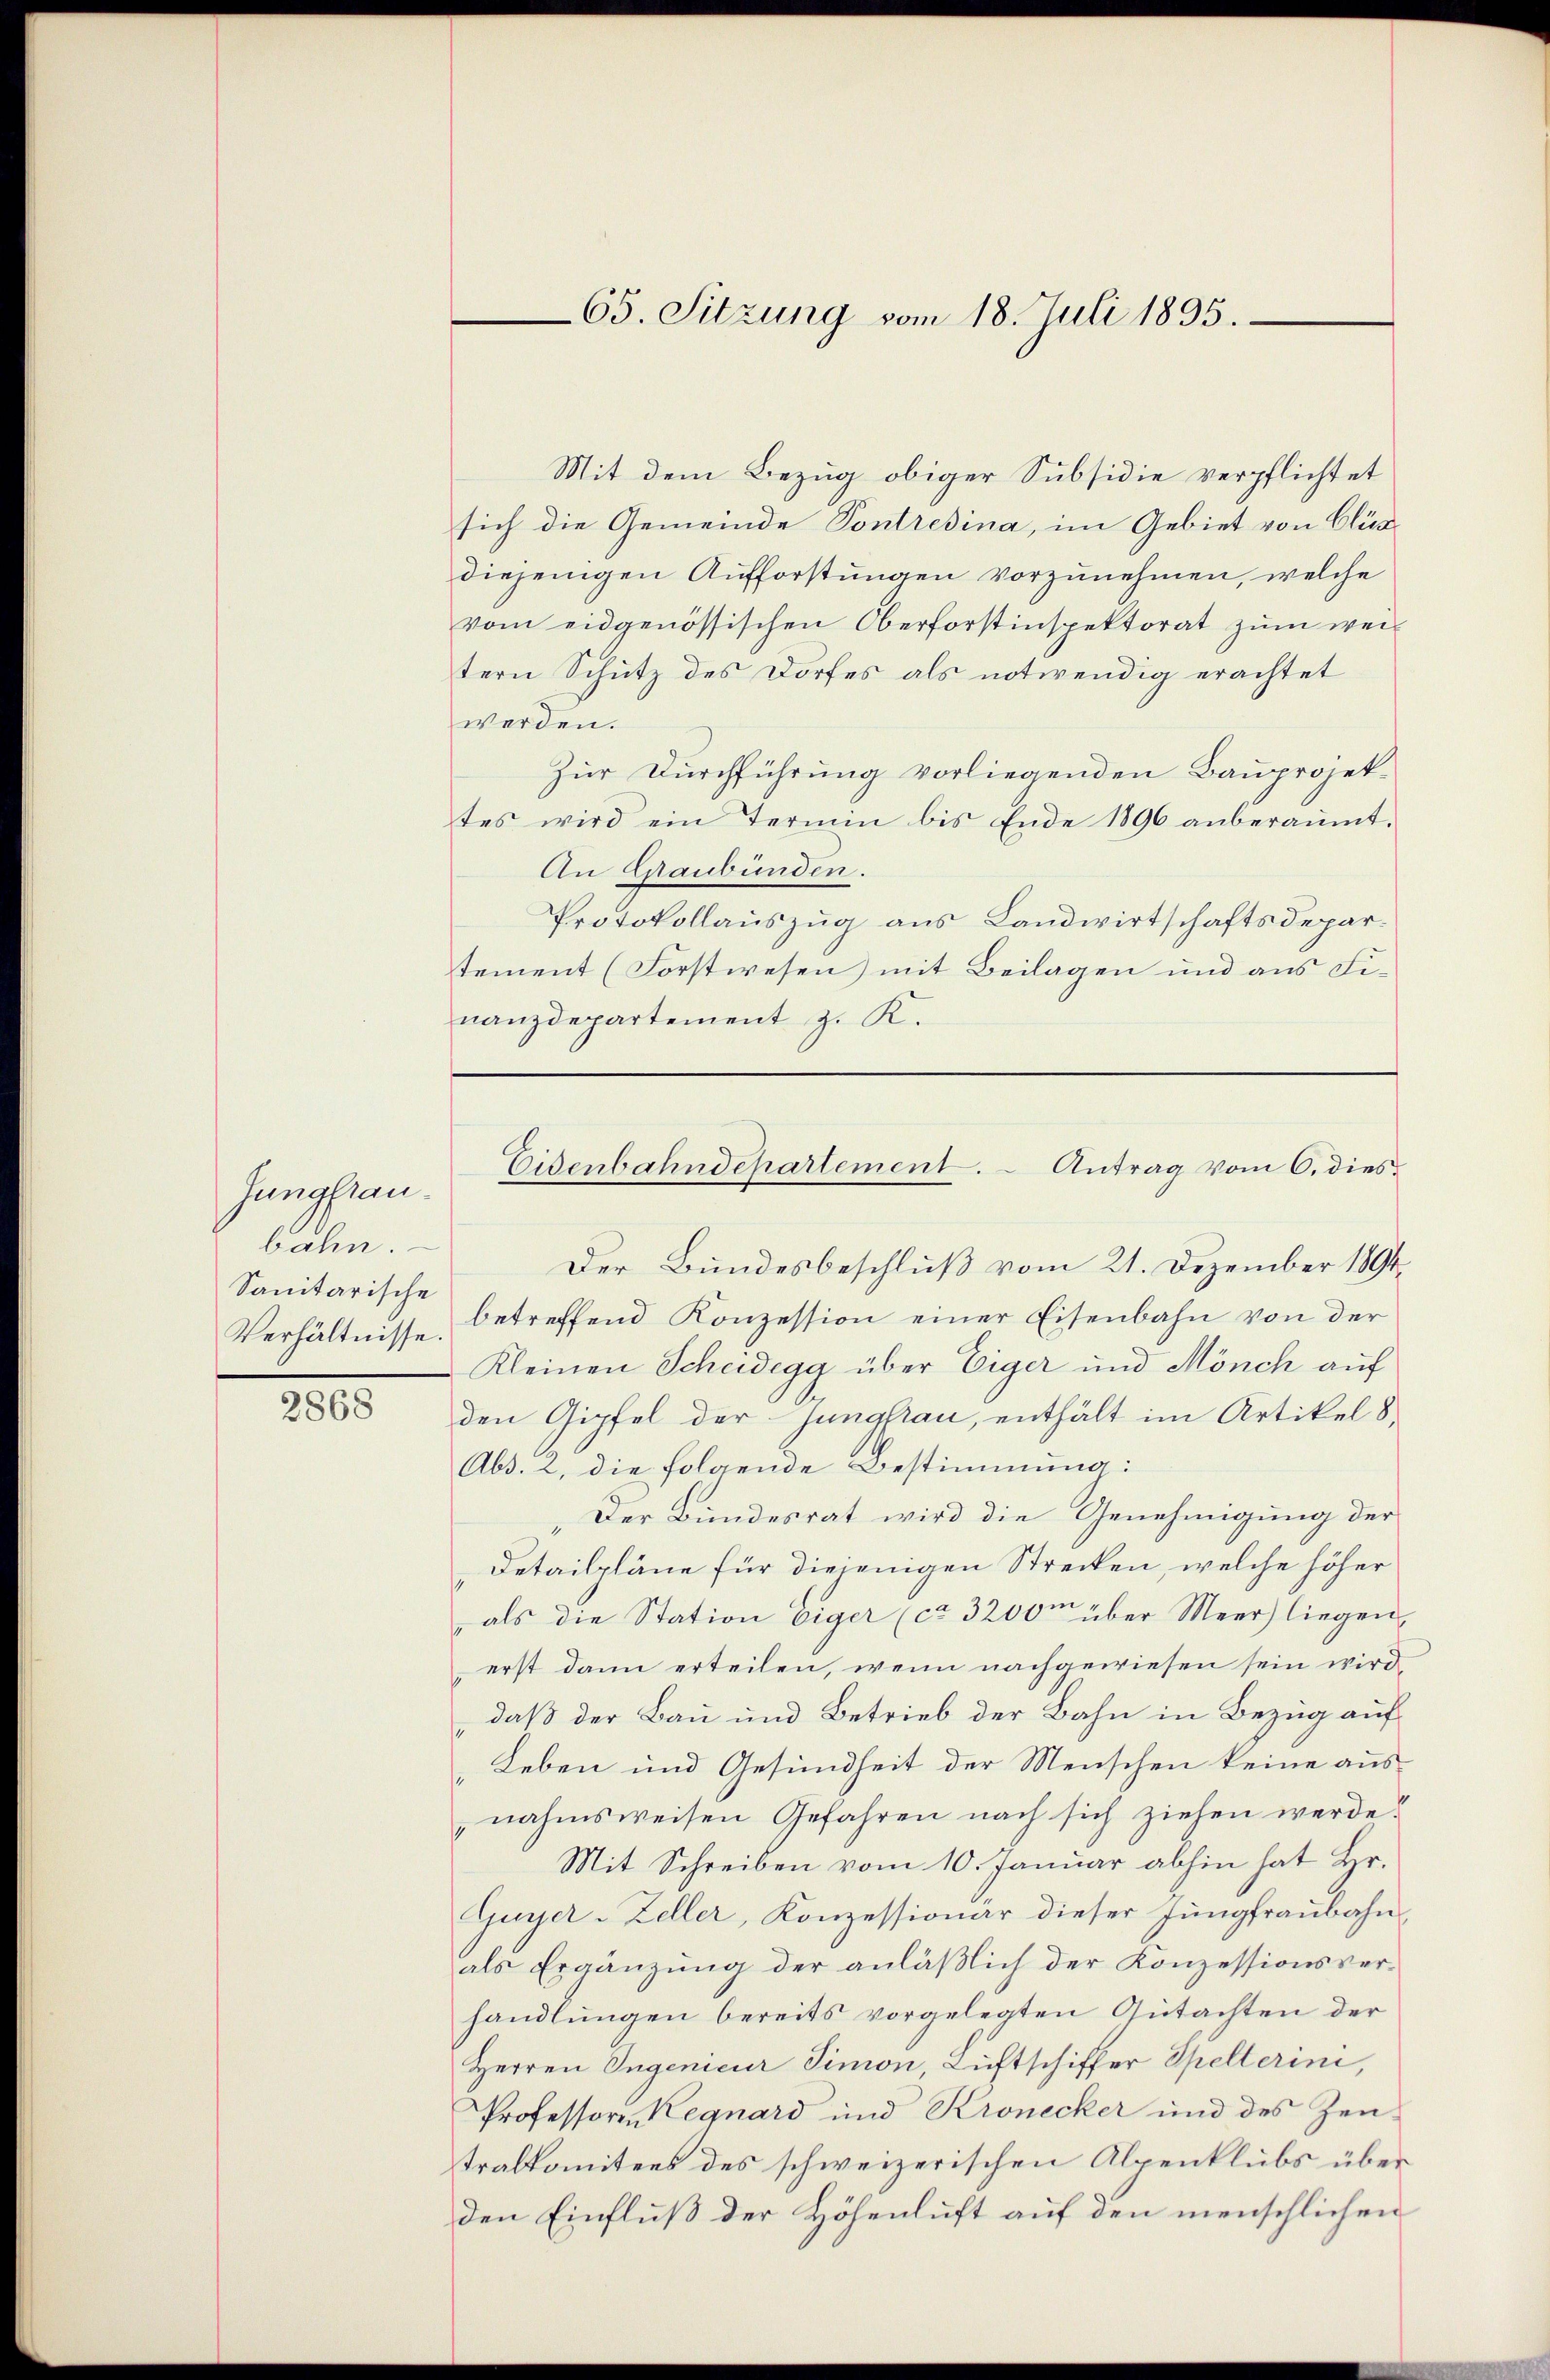
Jungfrau.
bahn.
Sanitärische
Verhältnisse.

2868

Mit dem Bezug obiger Subsidie verpflichtet
sich die Gemeinde Pontresina, im Gebiet von Clisdiejenigen Aufforstungen vorzunehmen, welche
vom eidgenössischen Oberforstinspektorat zum weitern Schutz des Dorfes als notwendig erachtet
werden.
Zur Durchführung vorliegenden Bauprojektes wird ein Termin bis Ende 1896 anberaumt.
An Graubünden.
Protokollauszug aus Landwirtschaftsdepartement (Forstwesen mit Beilagen und aus Finanzdepartement z. K.

Der Bundesbeschluß vom 21. Dezember 1891
betreffend Konzession einer Eisenbahn von der
Kleinen Scheidegg über Eiger und Mönch auf
den Gipfel der Jungfrau, enthält im Artikel 8
Abs. 2, die folgende Bestimmung:
Der Bundesrat wird die Genehmigung der
Detailpläne für diejenigen Strecken, welche höher
als die Station eiger (ca 32000 über Meer liegen,
erst dann erteilen, wenn nachgewiesen sein wird
,daß der Bau und Betrieb der Bahn in Bezug auf
„Leben und Gesundheit der Menschen keine ausnahmsweisen Gefahren nach sich ziehen werde?
Mit Schreiben vom 10. Januar abhin hat Hr.
Guyer-Zeller, Konzessionär dieser Jungfraubahnals Ergänzung der anläßlich der Konzessionsverhandlungen bereits vorgelegten Gutachten der
Herren Ingenieur Simon Lichtschiffer Spelterini,
Professoren Regnard und Kronecker und des Zeu-
tralkomitees des schweizerischen Alpenklubs über
den Einfluß der Höhenluft auf den menschlichen

65. Sitzung vom 18. Juli 1895.

Eisenbahndepartement. - Antrag vom 6. dies